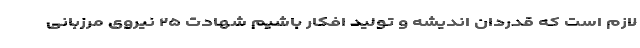
لازم است که قدردان اندیشه و تولید افکار باشیم شهادت ۲۵ نیروی مرزبانی